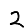
Digit: 2